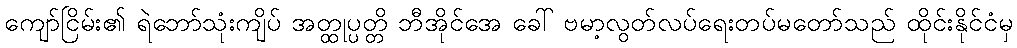
ကျော်ငြိမ်း၏ ရဲဘော်သုံးကျိပ် အတ္ထုပ္ပတ္တိ ဘီအိုင်အေ ခေါ် ဗမာ့လွတ်လပ်ရေးတပ်မတော်သည် ထိုင်းနိုင်ငံမှ